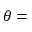
\theta =